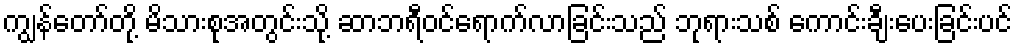
ကျွန်တော်တို့ မိသားစုအတွင်းသို့ ဆာဘရီဝင်ရောက်လာခြင်းသည် ဘုရားသစ် ကောင်းချီးပေးခြင်းပင်